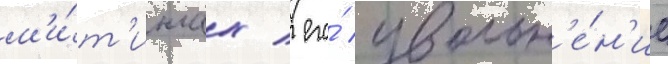
м'и́т'ингах / его́ увольн'е́н'ие